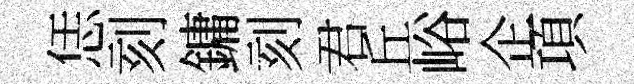
恁刻鏞刻君丘峪企項